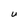
Character: U